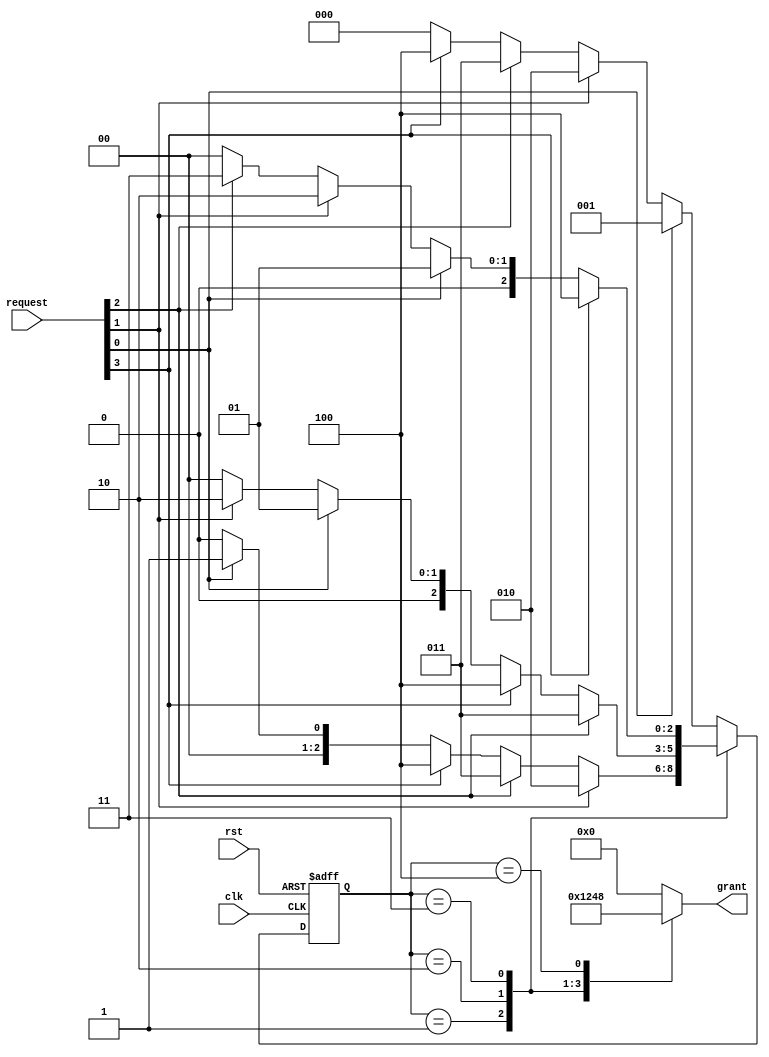
`timescale 1ns / 1ps
//////////////////////////////////////////////////////////////////////////////////
// Company: 
// Engineer: 
// 
// Design Name: 
// Module Name: round_robin_arbiter
// Project Name: 
// Target Devices: 
// Tool Versions: 
// Description: 
// 
// Dependencies: 
// 
// Revision:
// Revision 0.01 - File Created
// Additional Comments:
// 
//////////////////////////////////////////////////////////////////////////////////


module round_robin_arbiter(
		input clk, rst,
		input [3:0] request,
		output reg [3:0] grant
		);

	reg [2:0] ps,ns;
  
	parameter [2:0] ideal = 3'b000;
	parameter [2:0] s0 = 3'b001;
	parameter [2:0] s1 = 3'b010;
	parameter [2:0] s2 = 3'b011;
	parameter [2:0] s3 = 3'b100;

  always @ (posedge clk or posedge rst)
		begin
         if(rst)
			ps <= ideal;
		 else
			ps <= ns;
		end
  always @(*) 
		begin
			case(ps)
				ideal : begin
							if(request[0]) ns = s0;
							else if(request[1]) ns = s1;
							else if(request[2]) ns = s2;
							else if(request[3])	ns = s3;
							else ns = ideal;		
						end 
				s0 : begin
							if(request[1])ns = s1;
							else if(request[2])ns = s2;
							else if(request[3])ns = s3;
							else if(request[0])ns = s0;
							else ns = ideal;
						end 
				s1 : begin
							if(request[2]) ns = s2;
							else if(request[3]) ns = s3;
							else if(request[0]) ns = s0;
							else if(request[1]) ns = s1;
							else ns = ideal;
						end 
				s2 : begin
							if(request[3]) ns = s3;
							else if(request[0]) ns = s0;
							else if(request[1]) ns = s1;
							else if(request[2]) ns = s2;
							else ns = ideal;
						end 
				s3 : begin
							if(request[0]) ns = s0;
							else if(request[1]) ns = s1;
							else if(request[2]) ns = s2;
							else if(request[3]) ns = s3;
							else ns = ideal;
						end 
				default : begin
							if(request[0]) ns = s0;
							else if(request[1]) ns = s1;
							else if(request[2]) ns = s2;
							else if(request[3]) ns = s3;
							else ns = ideal;
						end 
			endcase 
	 end

  always @(*) 
		begin
          case(ps)
				s0 : begin grant = 4'b0001; end
				s1 : begin grant = 4'b0010; end
				s2 : begin grant = 4'b0100; end
				s3 : begin grant = 4'b1000; end
			default : begin grant = 4'b0000; end
		  endcase
		end
endmodule